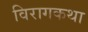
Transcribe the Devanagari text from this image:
विरागकथा